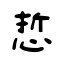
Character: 悊